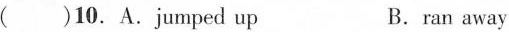
( )10.A.jumped up B.ran away